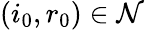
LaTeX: (i_{0},r_{0})\in\mathcal{N}